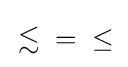
\,\lesssim \;\;=\;\;\leq